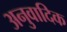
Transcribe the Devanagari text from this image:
अनुवादिक